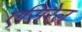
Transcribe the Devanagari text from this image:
एसिरेल